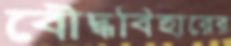
বৌদ্ধবিহারের